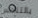
بالتنفس